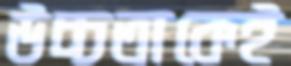
উচ্চতাকেই